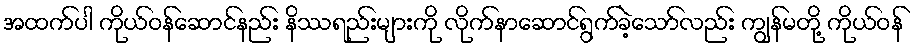
အထက်ပါ ကိုယ်ဝန်ဆောင်နည်း နိဿရည်းများကို လိုက်နာဆောင်ရွက်ခဲ့သော်လည်း ကျွန်မတို့ ကိုယ်ဝန်